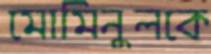
মোমিনুলকে